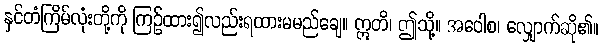
နှင်တံကြိမ်လုံးတို့ကို ကြဉ်ထား၍လည်းရထားမမည်ချေ။ ဣတိ၊ ဤသို့။ အဝေါစ၊ လျှောက်ဆို၏။